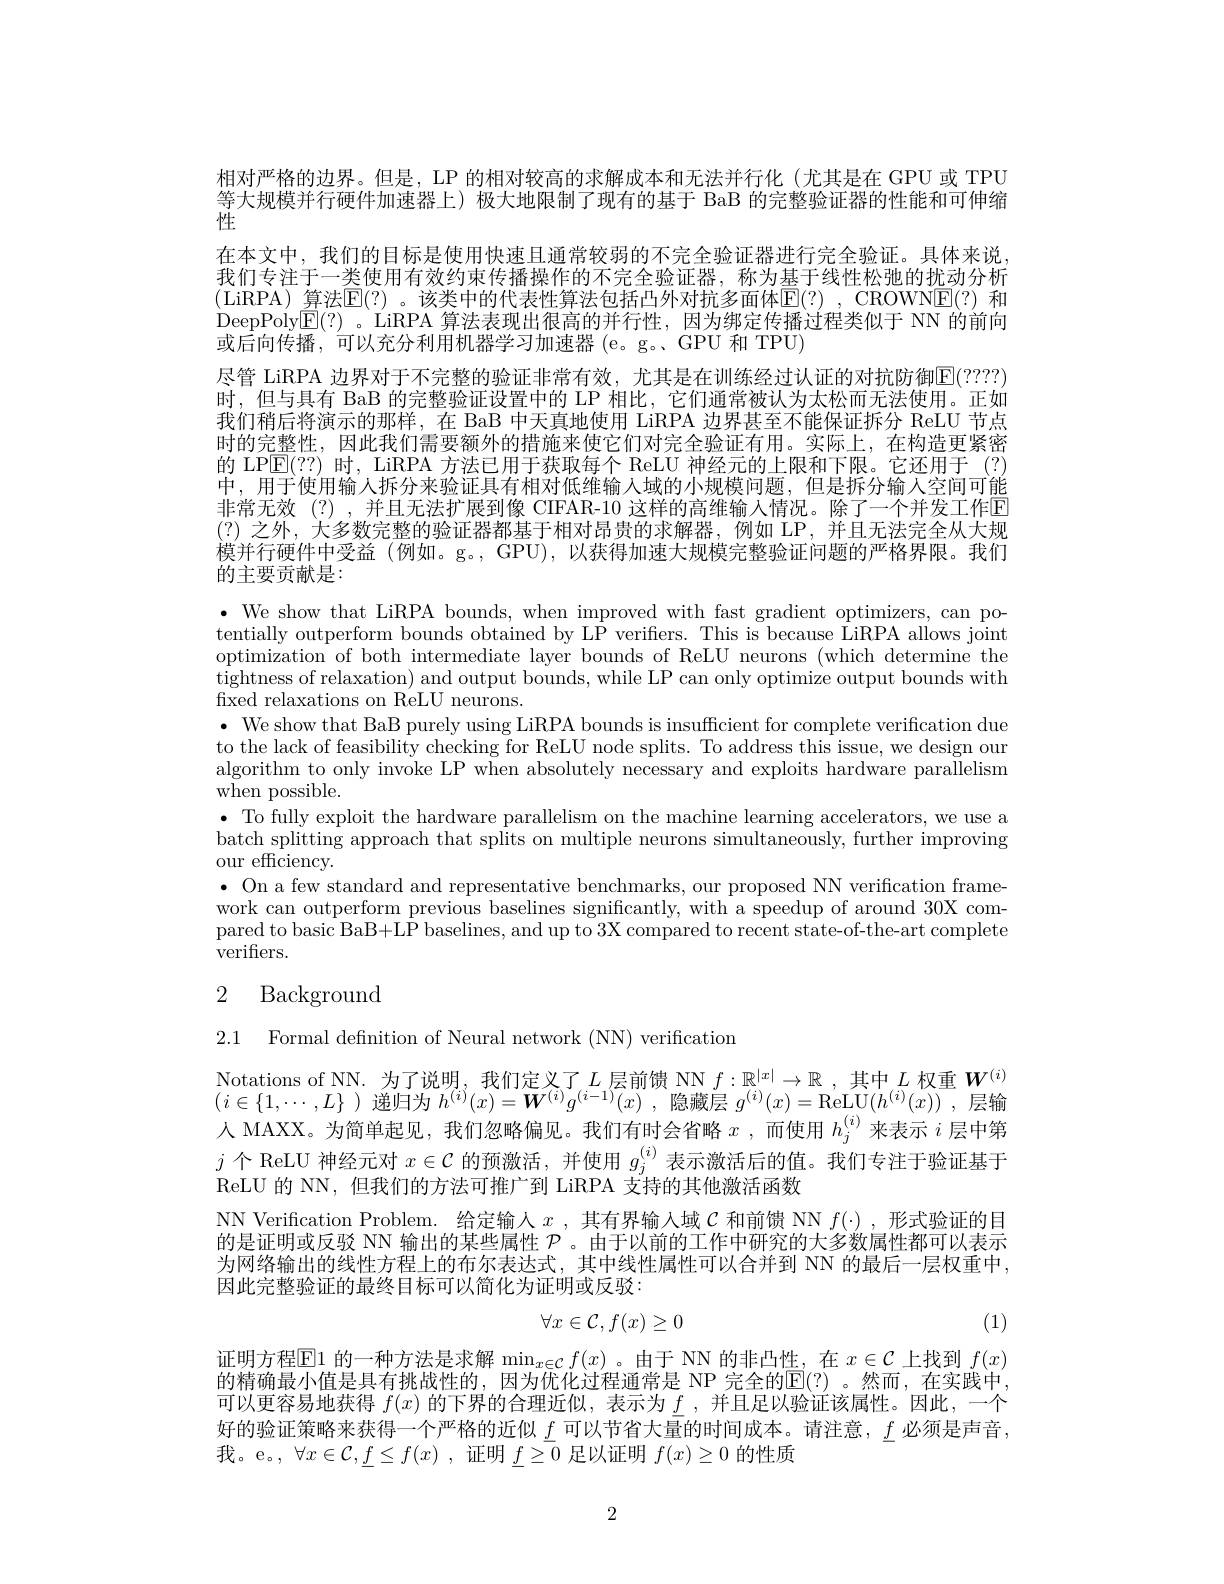
相对严格的边界。但是，LP 的相对较高的求解成本和无法并行化 (尤其是在 GPU 或 TPU 等大规模并行硬件加速器上)极大地限制了现有的基于 BaB 的完整验证器的性能和可伸缩性
在本文中，我们的目标是使用快速且通常较弱的不完全验证器进行完全验证。具体来说我们专注于一类使用有效约束传播操作的不完全验证器，称为基于线性松弛的扰动分析(LiRPA)算法$\mathbb{E}(?)$。该类中的代表性算法包括凸外对抗多面体$\mathbb{E}(?)$,CROWN$\mathbb{E}(?)$ 和DeepPoly$\mathbb{E}(?)$。LiRPA 算法表现出很高的并行性，因为绑定传播过程类似于 NN 的前向或后向传播，可以充分利用机器学习加速器(e。g。GPU 和 TPU)
尽管 LiRPA 边界对于不完整的验证非常有效，尤其是在训练经过认证的对抗防御$\mathbb{E}(????)$ 时，但与具有 BaB 的完整验证设置中的 LP 相比，它们通常被认为太松而无法使用。正如我们稍后将演示的那样，在 BaB 中天真地使用 LiRPA 边界甚至不能保证拆分 ReLU 节点时的完整性，因此我们需要额外的措施来使它们对完全验证有用。实际上，在构造更紧密的 LPE(??)时，LiRPA 方法已用于获取每个 ReLU 神经元的上限和下限。它还用于 (?) 中，用于使用输入拆分来验证具有相对低维输人域的小规模问题，但是拆分输人空间可能非常无效(?),并且无法扩展到像 CIFAR-10 这样的高维输入情况。除了一个并发工作回(?)之外，大多数完整的验证器都基于相对昂贵的求解器，例如 LP,并且无法完全从大规模并行硬件中受益 (例如。g。, GPU), 以获得加速大规模完整验证问题的严格界限。我们的主要贡献是：
$\bullet$ We show that LiRPA bounds, when improved with fast gradient optimizers, can potentially outperform bounds obtained by LP verifers. This is because LiRPA allows joint optimization of both intermediate layer bounds of ReLU neurons (which determine the tightness of relaxation) and output bounds, while LP can only optimize output bounds with fixed relaxations on ReLU neurons.
$\bullet$ We show that BaB purely using LiRPA bounds is insufficient for complete verification due to the lack of feasibility checking for ReLU node splits. To address this issue, we design our algorithm to only invoke LP when absolutely necessary and exploits hardware parallelism when possible.
· To fully exploit the hardware parallelism on the machine learning accelerators, we use a $\underset{\mathrm{m}}{\operatorname*{\text{batch splitting approach that splits on multiple neurons simultaneously, further improving}}}$ our efficiency.
$\bullet$ On a few standard and representative benchmarks, our proposed NN verification framework can outperform previous baselines significantly, with a speedup of around 30X compared to basic BaB+LP baselines, and up to 3X compared to recent state-of-the-art complete verifiers.
2 Background

2.1 Formal definition of Neural network (NN) verification

Notations of NN. 为了说明，我们定义了$L$ 层前馈 NN $f:\mathbb{R}^|x|\to\mathbb{R}$ ,其中$L$ 权重 $W^(i)$ $(i\in\{1,\cdots,L\})$递归为$h^(i)(x)=\boldsymbol{W}^{(i)}g^{(i-1)}(x)$ ,隐藏层$g^(i)(x)=\operatorname{ReLU}(h^{(i)}(x))$ ,层输人 MAXX。为简单起见，我们忽略偏见。我们有时会省略$x$ ,而使用$h_j^{(i)}$来表示$i$层中第$j$个 ReLU 神经元对$x\in\mathcal{C}$的预激活，并使用$g_j^{(i)}$表示激活后的值。我们专注于验证基于ReLU 的 NN, 但我们的方法可推广到 LiRPA 支持的其他激活函数
NN Verification Problem. 给定输人$x$,其有界输入域$\mathcal{C}$和前馈 NN $f(\cdot)$ ,形式验证的目的是证明或反驳 NN 输出的某些属性$\mathcal{P}$ 。由于以前的工作中研究的大多数属性都可以表示为网络输出的线性方程上的布尔表达式，其中线性属性可以合并到 NN 的最后一层权重中， 因此完整验让的最终目标可以简化为证明或反驳：
$$\forall x\in\mathcal{C},f(x)\geq0$$
(1)

证明方程$\overline{\mathbb{E}}$1 的一种方法是求解$\min_x\in\mathcal{C}f(x)$。由于 NN 的非凸性，在$x\in\mathcal{C}$上找到$f(x)$ 的精确最小值是具有挑战性的，因为优化过程通常是 NP 完全的E(?) 。然而，在实践中， 可以更容易地获得$f(x)$的下界的合理近似，表示为$\underline{f}$,并且足以验证该属性。因此，一个好的验证策略来获得一个严格的近似$\underline f$可以节省大量的时间成本。请注意，$\underline f$必须是声音， 我。e。, $\forall x\in\mathcal{C},\underline{f}\leq f(x)$ ,证明$\underline{f}\geq\overline0$足以证明$f(x)\geq0$的性质

2